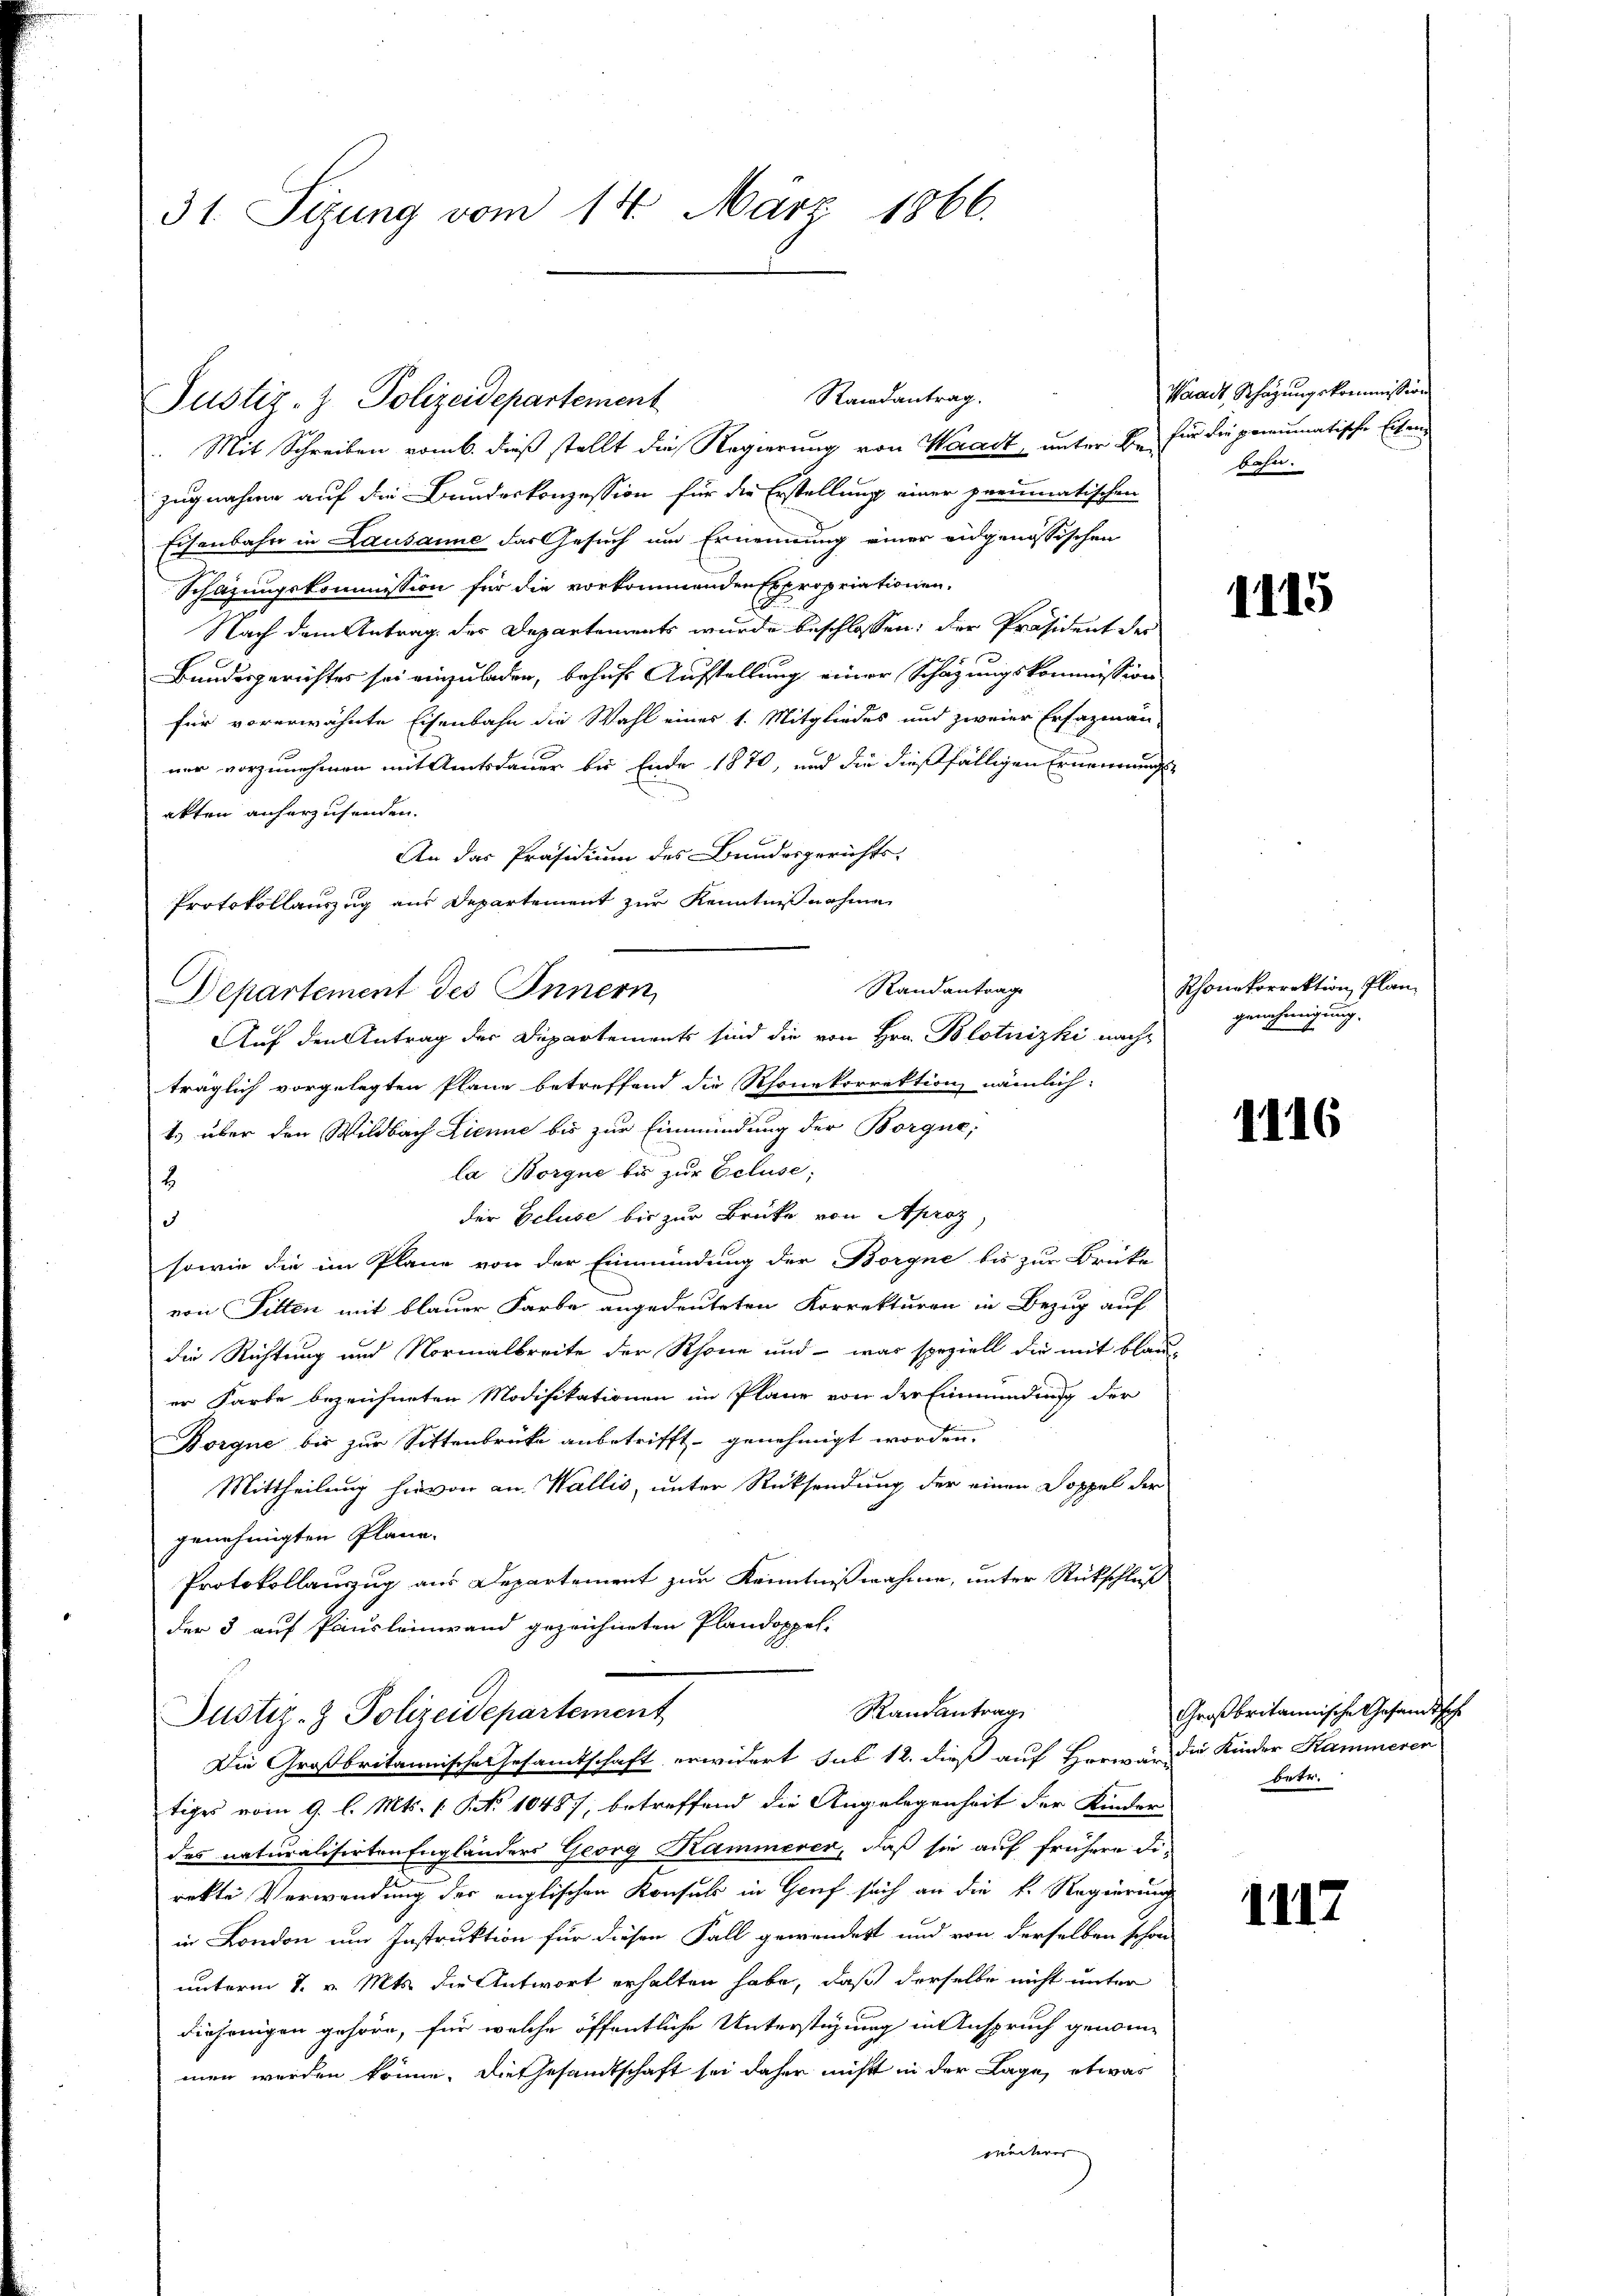
31. Sizung vom 14. März 1866.

Mit Schreiben vom 6. dieß stellt die Regierung von Waadt, unter bei für die peumatische Eisenzugnahme auf die Bundeskonzession für die Erstellung einer preumatischen
Eisenbahn in Lausanne das Gesuch um Ernennung einer eidgenössischen
Schazungskommission für die vorkommenden Expropriationen,
Nach dem Antrag des Departements wurde beschlossen; der Präsident der
Bundesgerichtes sei einzuladen, behuf Aufstellung einer Schazungskommission
für vorerwähnte Eisenbahn die Wahl eines 1. Mitgliedes und zweier Erfazmann
ner vorzunehmen mit Amtsdauer bis Ende 1870, und die dießfälligen Ernennungsakten anherzusenden.
An das Präsidium des Bundesgerichts-
Protokollauszug aus Departement zur Kenntnißnahme
Randantrage
Departement des Innern,
Auf den Antrag der Departements sind die von Hrn. Blotnizki nachgenehmig
träglich vorgelegten Plane betreffend die Rhonekorrektion nämlich:
t.) über den Wildbach Lienne bis zur Einmündung der Borgue,
la Borgne bis zur Ecluse;
2
der Ecluse bis zur Brüke von Aproz
5
sowie die im Plane von der Einmündung der Borgne bis zur Brücke
von Fitten mit blauer Farbe angedeuteten Korrekturen in Bezug auf
die Richtung und Normalbreite der Rhone und - was speziell die mit blau-
er Farbe bezeichneten Modifikationen im Plane von der Einmündung der
Borque bis zur Sittenbrücke anbetrifft genehmigt worden.
Mittheilung hievon an Wallis, unter Rücksendung der einen Doppel der
genehmigten Pläne.
Protokollauszug aus Departement zur Kenntnisnahmen, unter Rückschluß
der 3 auf Pausleinwand gezeichneten Plandoppel-
Rautantrag
Justiz- & Polizeidepartement
Die Großbritannische Gesamtschaft erwidert sub 12. dieß auf Herren die Kinder Kammeren
tiges vom 9. l. Mts. 1. No 10487, betreffend die Angelegenheit der Kinder
des naturalisirten Engländers Georg Kammerer, daß sie auf frühere Firekte Verwendung des englischen Konsuls in Graf sich an die k. Regierung
in London um Instruktion für diesen Fall gewendert und von derselben schon
unterm 1. v. Mts. die Antwort erhalten habe, daß derselbe nicht unter
diejenigen gehöre, für welche öffentliche Unterstüzung in Anspruch genommen werden könne. Die Gesandtschaft sei daher nicht in der Lage, etwas
weiterer

Justiz- & Polizeidepartement

Randantrag.

Waadt Schazungskommission
bahn.

1115

Rhonekorrektion, Plan
egung,

1116

Großbritannische Gesandtsche
betr.

1117